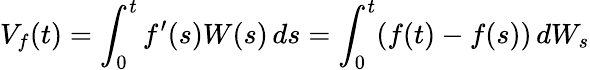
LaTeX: V_{f}(t)=\int_{0}^{t}f^{\prime}(s)W(s)\, ds=\int_{0}^{t}(f(t)-f(s))\, dW_{s}